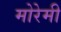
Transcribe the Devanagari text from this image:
मोरेमी